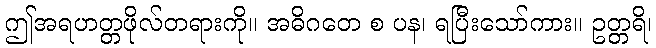
ဤအရဟတ္တဖိုလ်တရားကို။ အဓိဂတေ စ ပန၊ ရပြီးသော်ကား။ ဥတ္တရိ၊